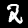
Label: 2